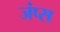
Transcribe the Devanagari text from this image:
जंप्स